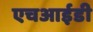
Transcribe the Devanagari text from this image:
एचआईडी